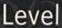
Level